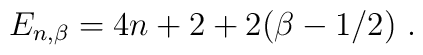
E_{n,\beta} = 4n + 2 + 2 (\beta - 1/2)~.